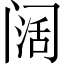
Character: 阔